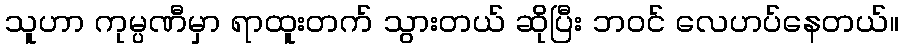
သူဟာ ကုမ္ပဏီမှာ ရာထူးတက် သွားတယ် ဆိုပြီး ဘဝင် လေဟပ်နေတယ်။